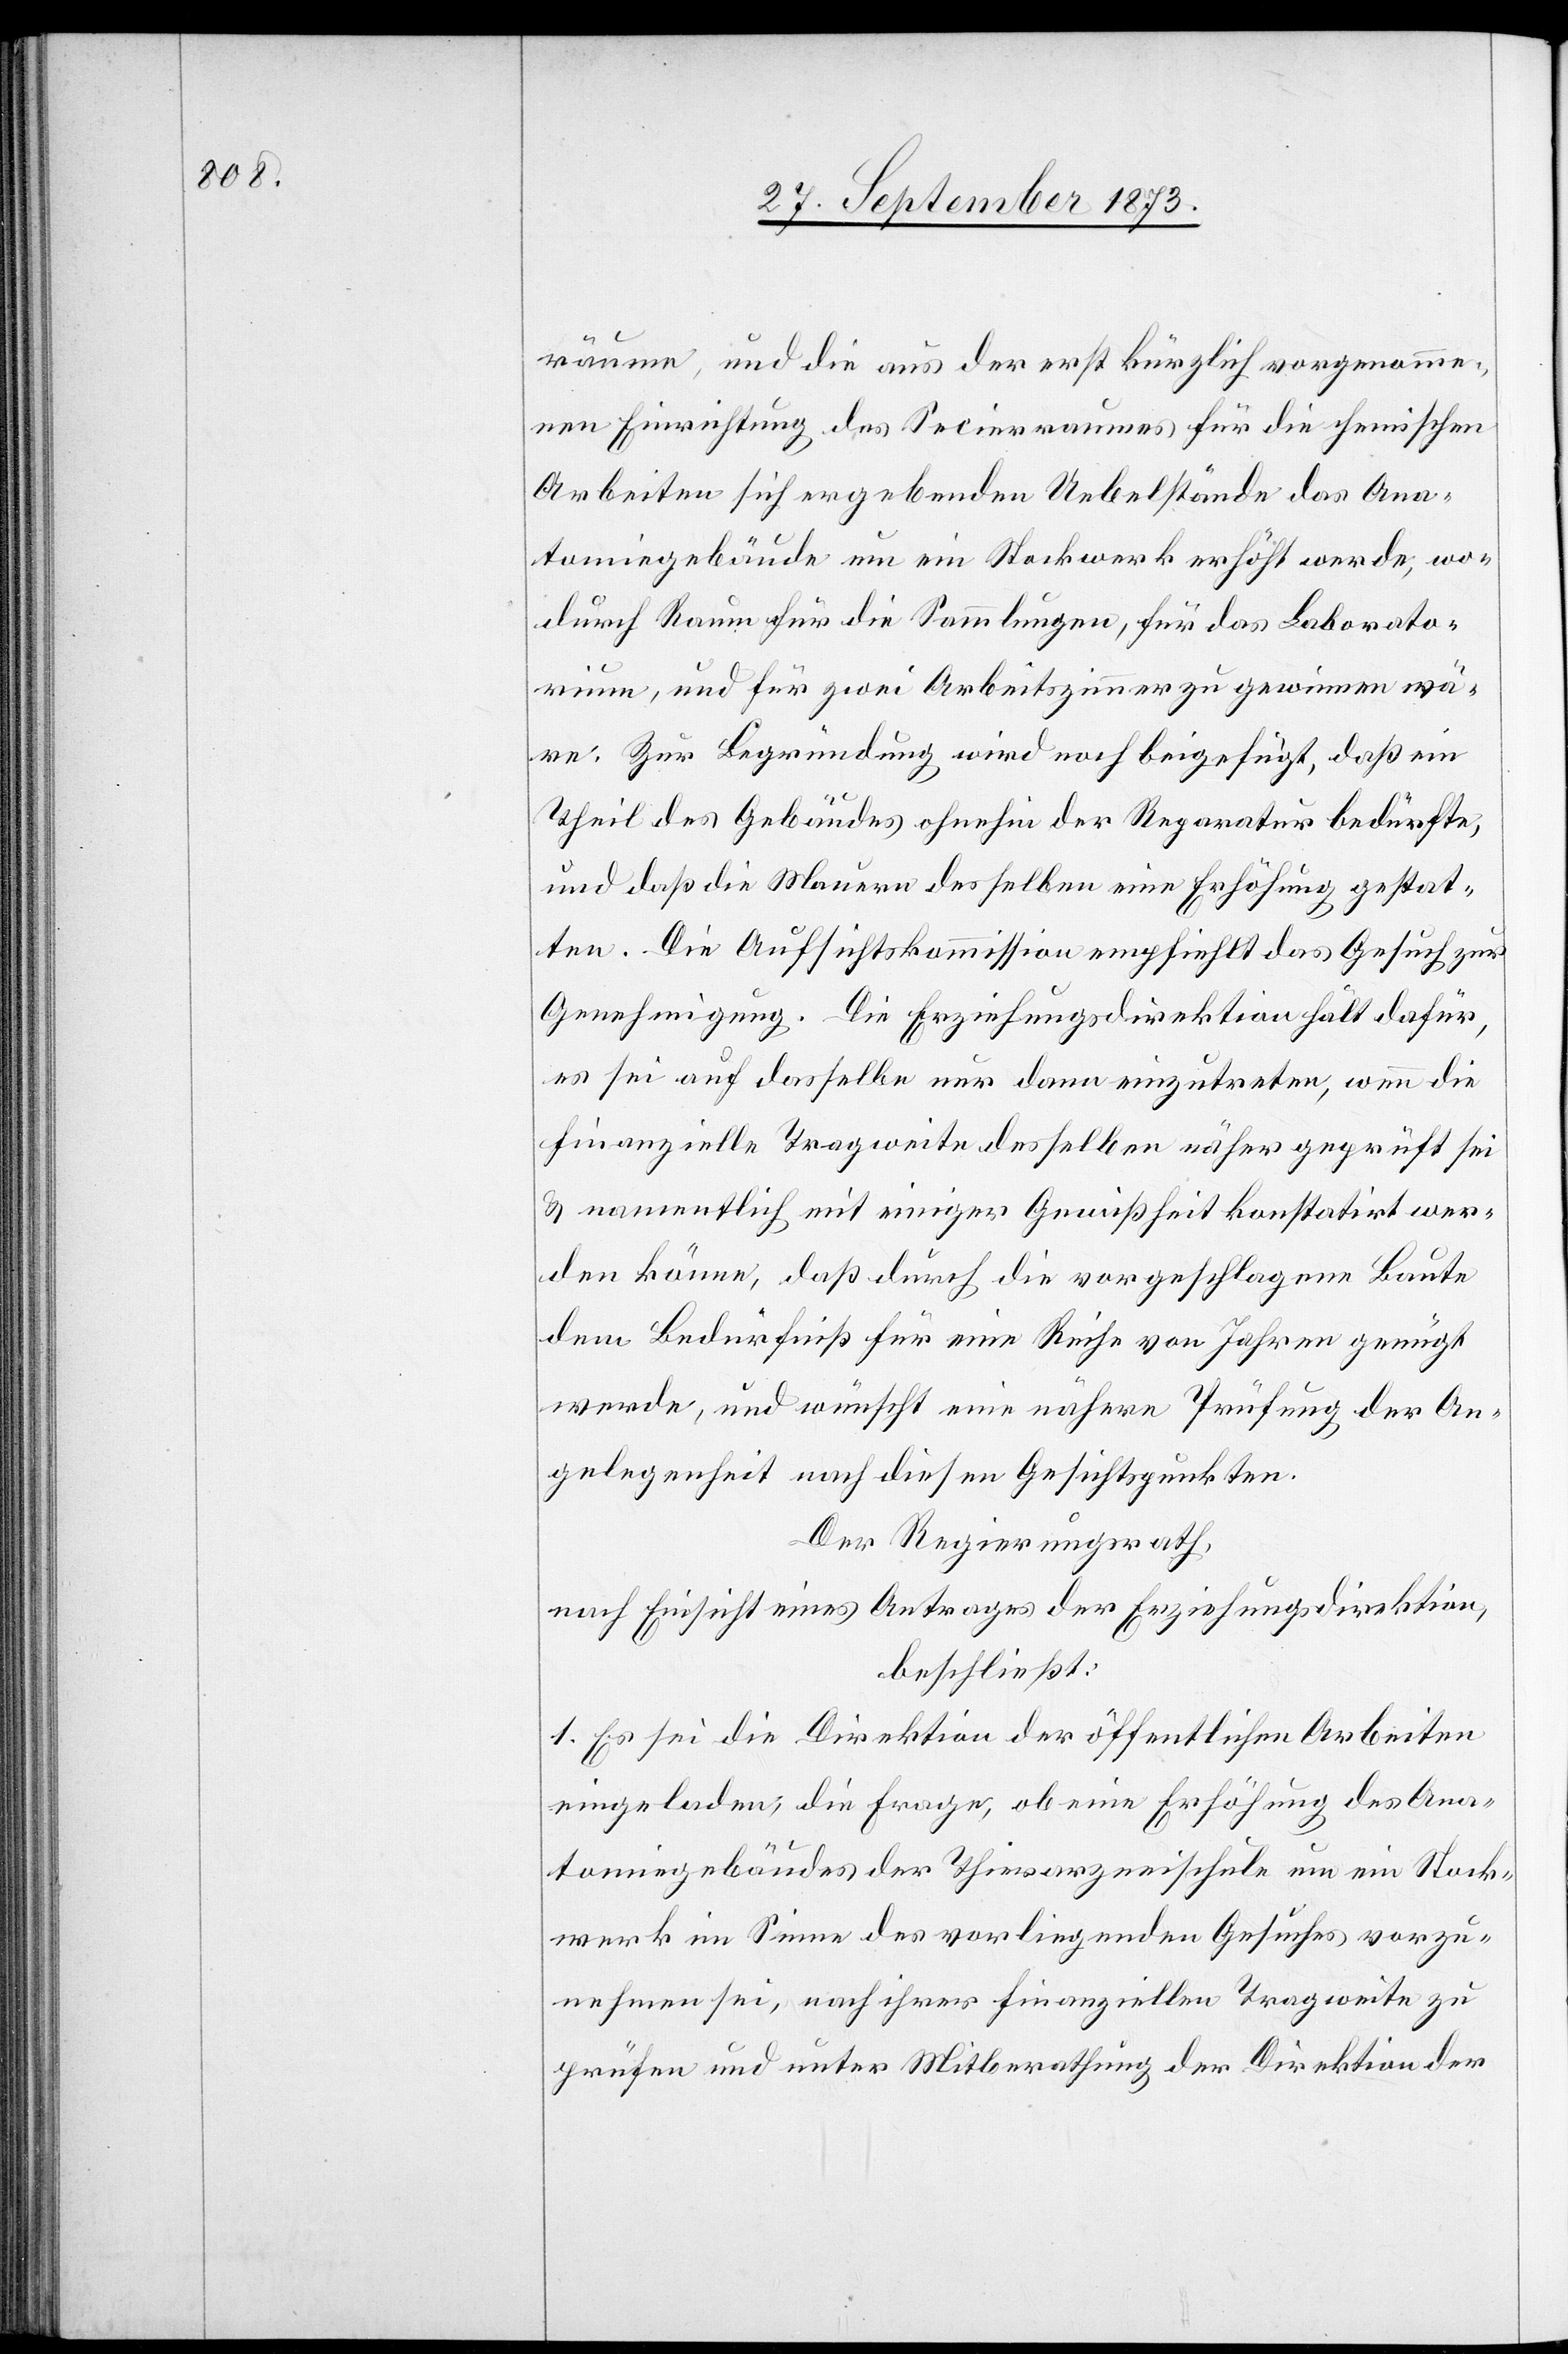
räume, und die aus der erst kürzlich vorgenomme¬
nen Einrichtung des Secierraumes für die chemischen
Arbeiten sich ergebenden Uebelstände das Ana¬
tomiegebäude um ein Stockwerk erhöht werde, wo¬
durch Raum für die Sammlungen, für das Laborato¬
rium, und für zwei Arbeitszimmer zu gewinnen wä¬
re. Zur Begründung wird noch beigefügt, daß ein
Theil des Gebäudes ohnehin der Reparatur bedürfte,
und daß die Mauern desselben eine Erhöhung gestat¬
ten. Die Aufsichtskommission empfiehlt das Gesuch zur
Genehmigung. Die Erziehungsdirektion hält dafür,
es sei auf dasselbe nur dann einzutreten, wenn die
finanzielle Tragweite desselben näher geprüft sei
& namentlich mit einiger Gewißheit konstatirt wer¬
den könne, daß durch die vorgeschlagene Baute
dem Bedürfniß für eine Reihe von Jahren genügt
werde, und wünscht eine nähere Prüfung der An¬
gelegenheit nach diesen Gesichtspunkten.
Der Regierungsrath,
nach Einsicht eines Antrages der Erziehungsdirektion,
beschließt:
1. Es sei die Direktion der öffentlichen Arbeiten
eingeladen, die Frage, ob eine Erhöhung des Ana¬
tomiegebäudes der Thierarzneischule um ein Stock¬
werk im Sinne des vorliegenden Gesuches vorzu¬
nehmen sei, nach ihrer finanziellen Tragweite zu
prüfen und unter Mitberathung der Direktion der